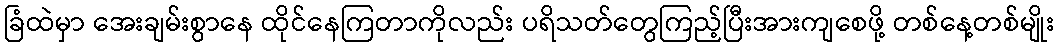
ခြံထဲမှာ အေးချမ်းစွာနေ ထိုင်နေကြတာကိုလည်း ပရိသတ်တွေကြည့်ပြီးအားကျစေဖို့ တစ်နေ့တစ်မျိုး